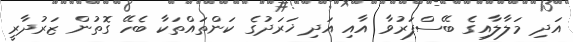
އަދި މަލާލާއިގެ ބޭސްފަރުވާ އާއި އަދި ޚަރަދުގެ ކަންތައްތަކާ ބެހޭ ގޮތުން ޒަރުދާރީ